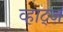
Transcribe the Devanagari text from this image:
व्हाट्ज़